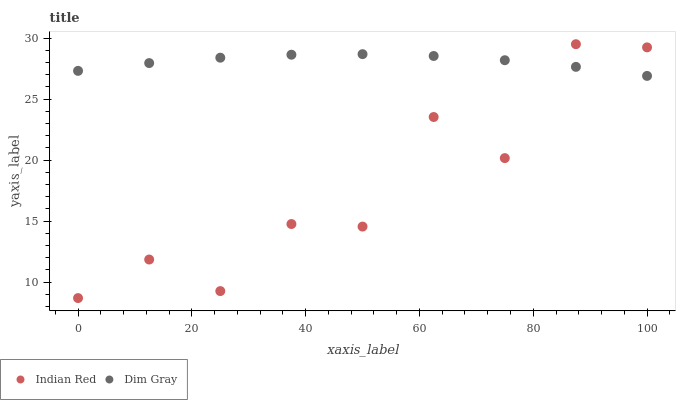
| xaxis_label | Indian Red | Dim Gray |
 | --- | --- | --- |
 | 0 | 8.69 | 27.3 |
 | 12.5 | 11.9 | 28 |
 | 25 | 9.26 | 28.4 |
 | 37.5 | 14.8 | 28.6 |
 | 50 | 14.6 | 28.7 |
 | 62.5 | 23.5 | 28.5 |
 | 75 | 20.2 | 28.2 |
 | 87.5 | 29.5 | 27.6 |
 | 100 | 29.2 | 26.9 |